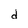
Character: d